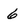
Character: 6